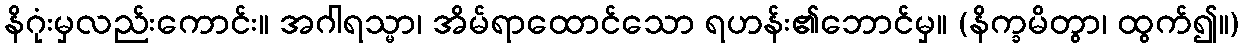
နိဂုံးမှလည်းကောင်း။ အဂါရသ္မာ၊ အိမ်ရာထောင်သော ရဟန်း၏ဘောင်မှ။ (နိက္ခမိတွာ၊ ထွက်၍။)